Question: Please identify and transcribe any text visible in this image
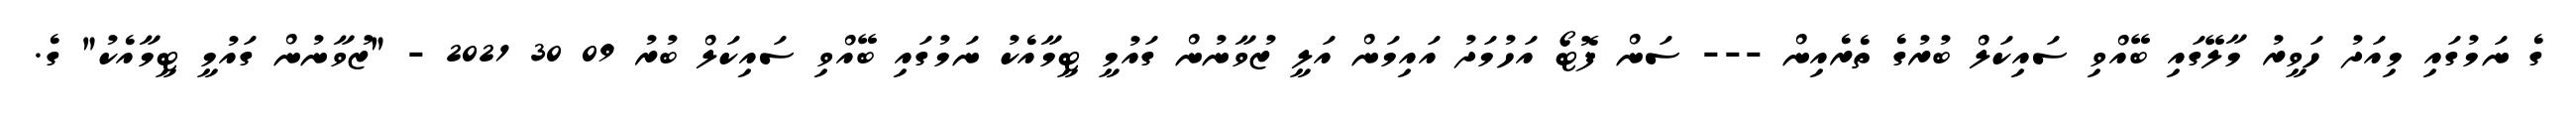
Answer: ގެ ނަމުގައި މިއަދު ހަވީރު މާލޭގައި ބޭއްވި ސައިކަލް ބުރުގެ ތެރެއިން --- ސަން ފޮޓޯ އަހުމަދު އައިމަން އަލީ ޒުވާނުން ގައުމީ ޓީމާއެކު ނަމުގައި ބޭއްވި ސައިކަލް ބުރު 09 30 2021 - "ޒުވާނުން ގައުމީ ޓީމާއެކު" ގެ.